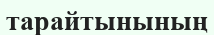
тарайтынының